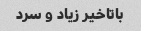
باتاخیر زیاد و سرد